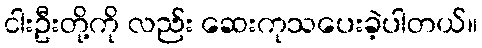
ငါးဦးတို့ကို လည်း ဆေးကုသပေးခဲ့ပါတယ်။